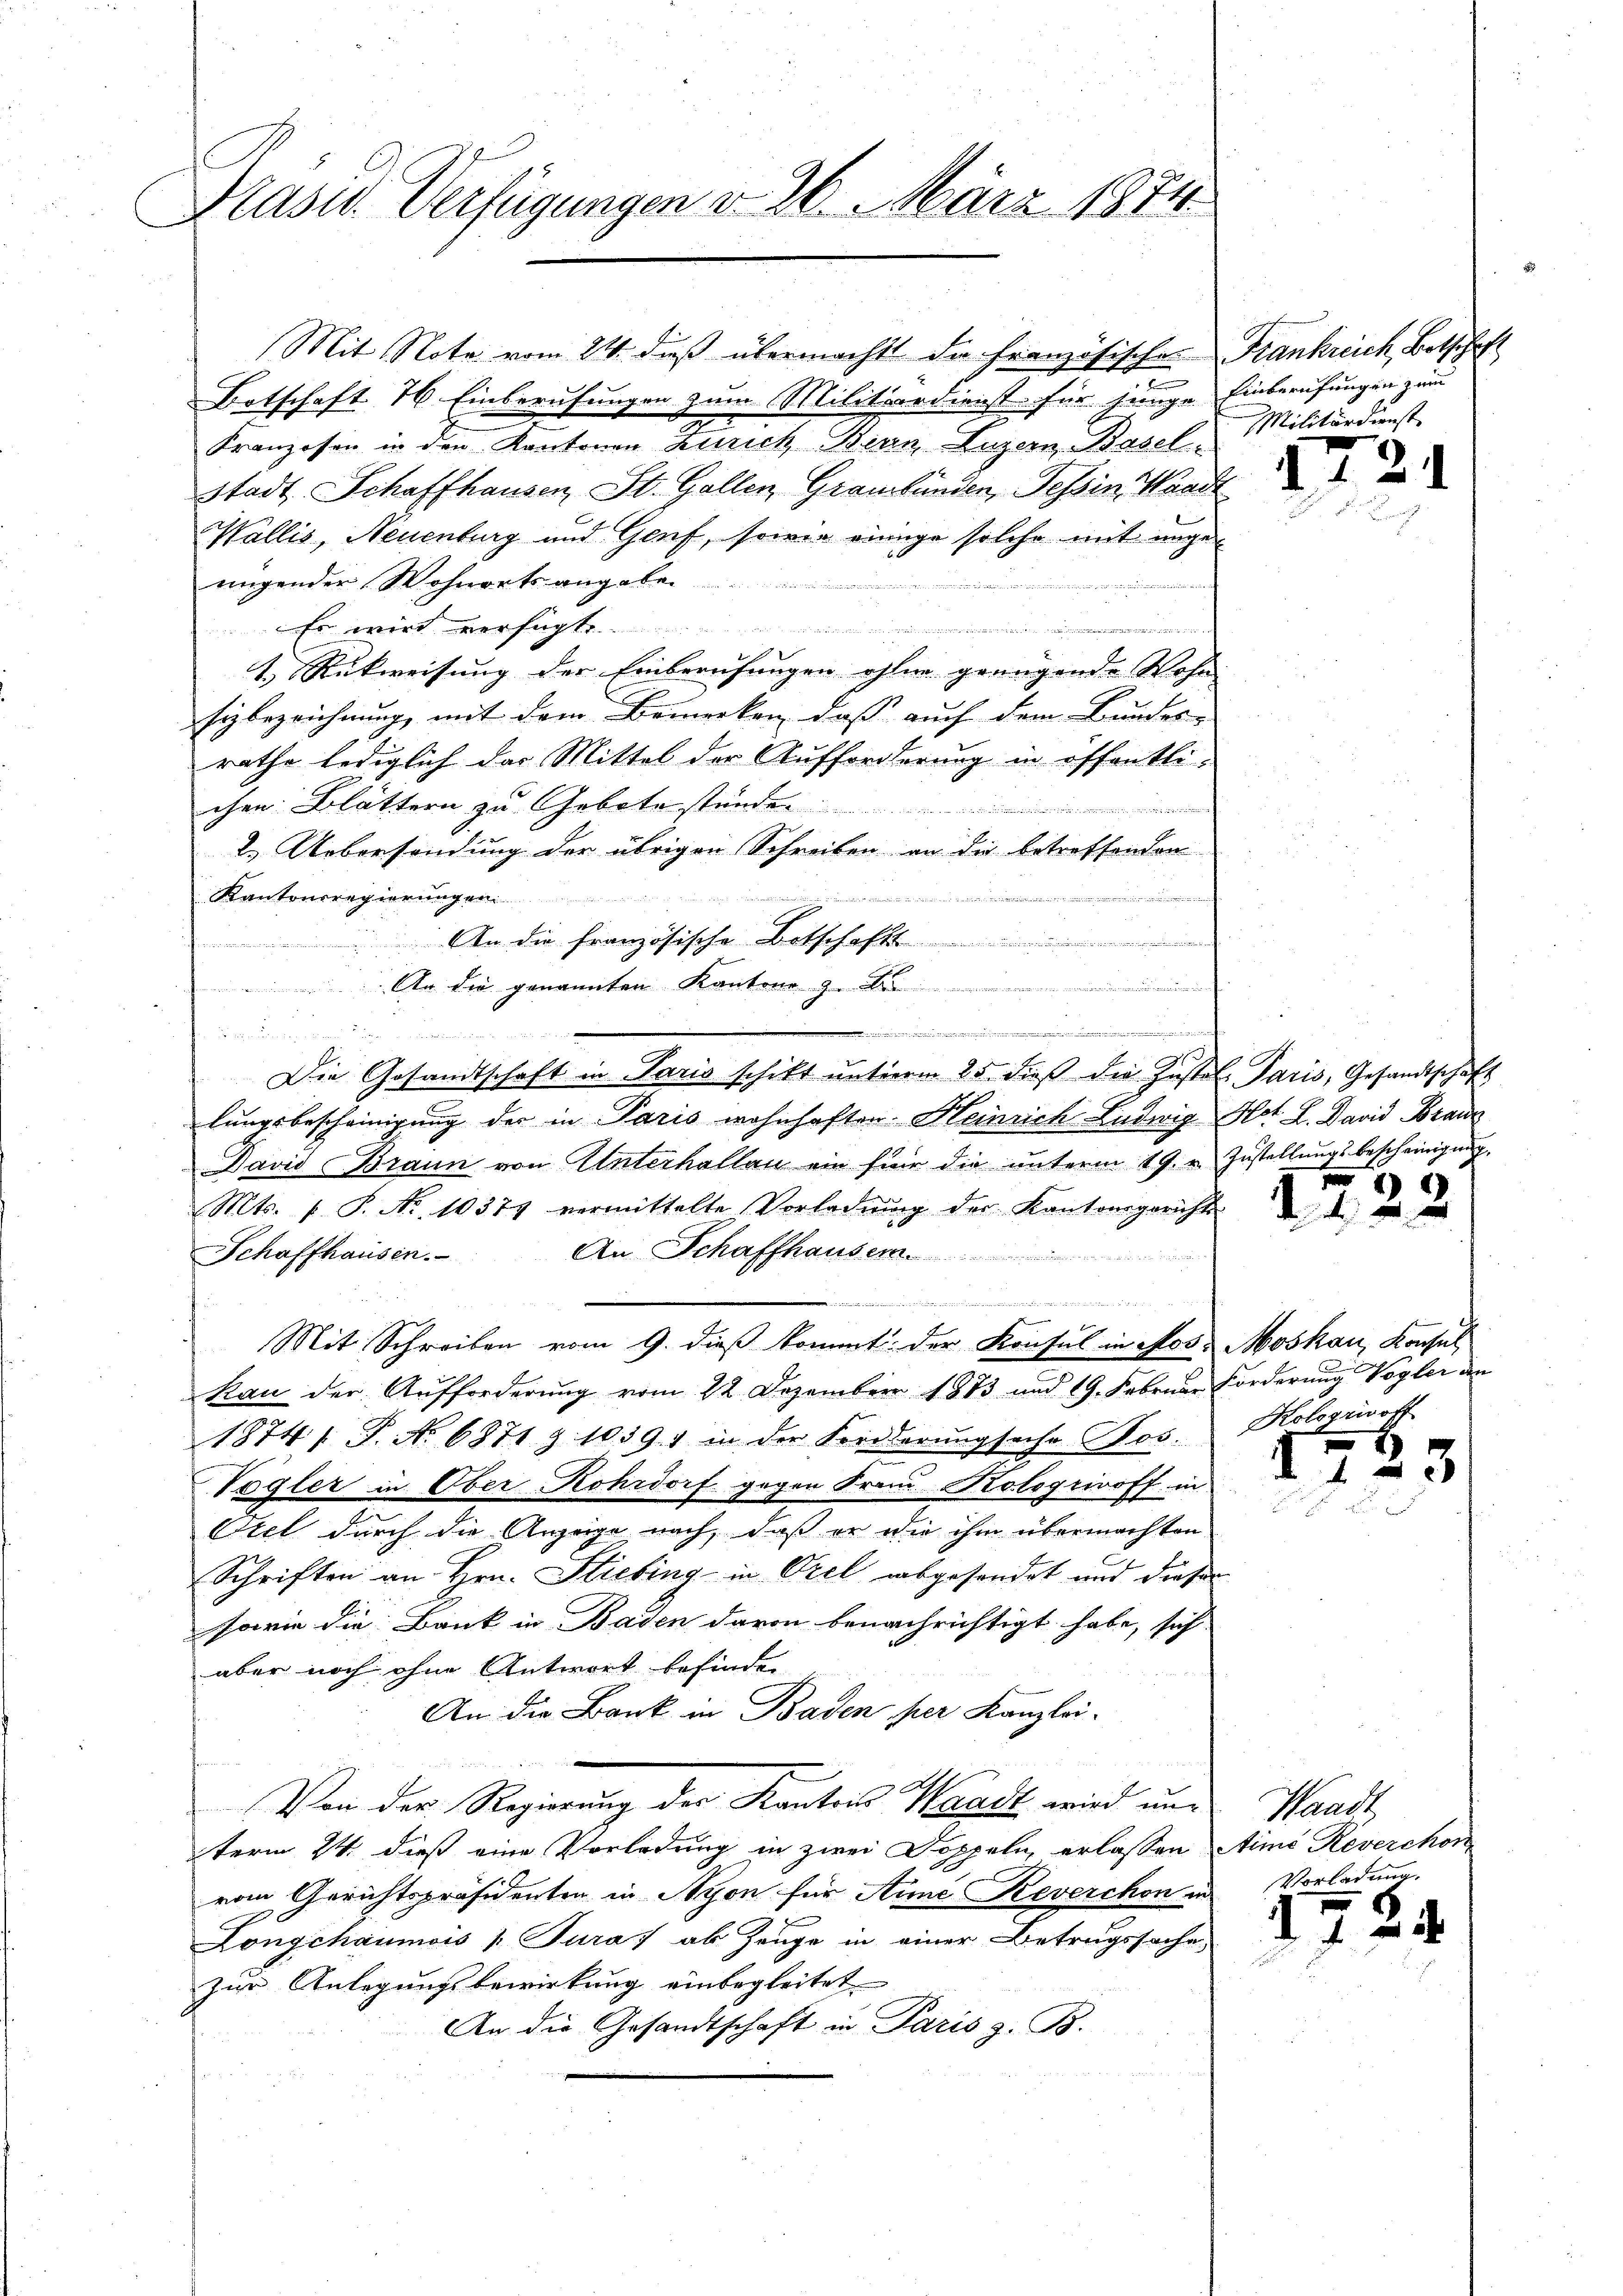
Präsid. Verfügungen v. 26. März 1874.

Franzosen in den Kantonen Zürich Bern, Luzern Basel-
Stadt Schaffhausen, St. Gallen, Graubünden, Tessin, Waadt
Wallis, Neuenburg und Genf, sowie einige solche mit angenügender Wohnorts angabe
e
or wird verfügte
e
1.) Rückweisung der Einberufungen ohne grungende Wohn
Eybezeichnung, mit dem Bemerken, daß auch dem Bundes-
rathe lediglich das Mittel der Aufforderung in öffentlichen Blättern zu Gebote ständen.
r
2.) Uebersendung der übrigen Schreiben an die betreffenden
n
er einen einen eine
Kantonsregierungen
An die französische Botschafts
dierten und sie an der einen einen der
An die genannten Kantons z. d
A
e
B
Die Gesandtschaft in Paris schikt ŭnterm 25. dieβ die Justol. Paris, Gesandtschaft
lungsbescheinigung der in Paris wohnhaften. Heinrich Ludwig Hot L. David Branda
David Braun von Unterhallan ein für die unterm 19. u. Zustellungsbescheinigung.
Mts. f. S. Nr. 10374 vermittelte Vorladŭng der Kantonsgerichts
An Schaffhauser
Schaffhausen.

e
g
Mit Schreiben vom 9. dieß kommt: der Konsul in Nos. Moskau, Konsul
kan der Aufforderung vom 22. Dezember 1873 und 19. Februar Forderung Vogler den
1874/ P. No 6871 § 10391 in der Forderŭngsache Los.
Vogler in Ober- Kohrdorf gegen Frau Kologriroff in
Otel durch die Anzeige nach, daß er wie ihm übermachten
Schriften an Hrn. Stiebing in Orel abgesendet und dieser
sowie die Bank in Baden davon benachrichtigt habe, sich
aber noch ohne Antwort befinden
An die Bank in Baden per Kanzlei¬
Von der Regierung der Kanton Waadt, wird und
term 24. dieß eine Vorladung in zwei Doppeln erlassen eine Reverchon
vom Gerichtspräsidenten in Nyon für Arme Reverchon in
Longchaumois „ Jura ab Zeuge in einer Betrugssache
zur Anlegungsbewirkung einbegleitet
An die Gesandtschaft in Paris z. B.

Mit Note vom 24. dieß übermacht die Französische Frankreich, Botschaft
.
Botschaft 26. Einberufungen zum Militärdienste für junge Einberufungen zum

MMilitärdienst

12

. 122

Kologricoft
7
x

I.

8

.

s

3

Waadt
Vorladung.